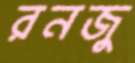
রনজু